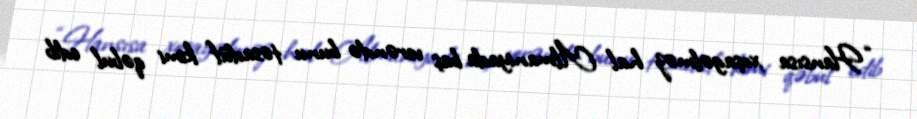
“Hansısa xoşagəlməz hal Almaniyada baş verəndə bunu təsadüf kimi qəbul edib